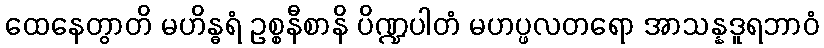
ထေနေတွာတိ မဟိန္ဓရံ ဥစ္စနီစာနိ ပိဏ္ဍပါတံ မဟပ္ဖလတရော အာသန္နဒူရဘာဝံ